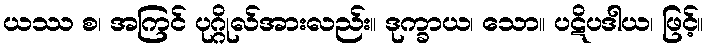
ယဿ စ၊ အကြင် ပုဂ္ဂိုလ်အားလည်း။ ဒုက္ခာယ၊ သော။ ပဋိပဒါယ၊ ဖြင့်။